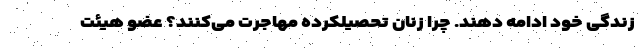
زندگی خود ادامه دهند. چرا زنان تحصیلکرده مهاجرت می‌کنند؟ عضو هیئت